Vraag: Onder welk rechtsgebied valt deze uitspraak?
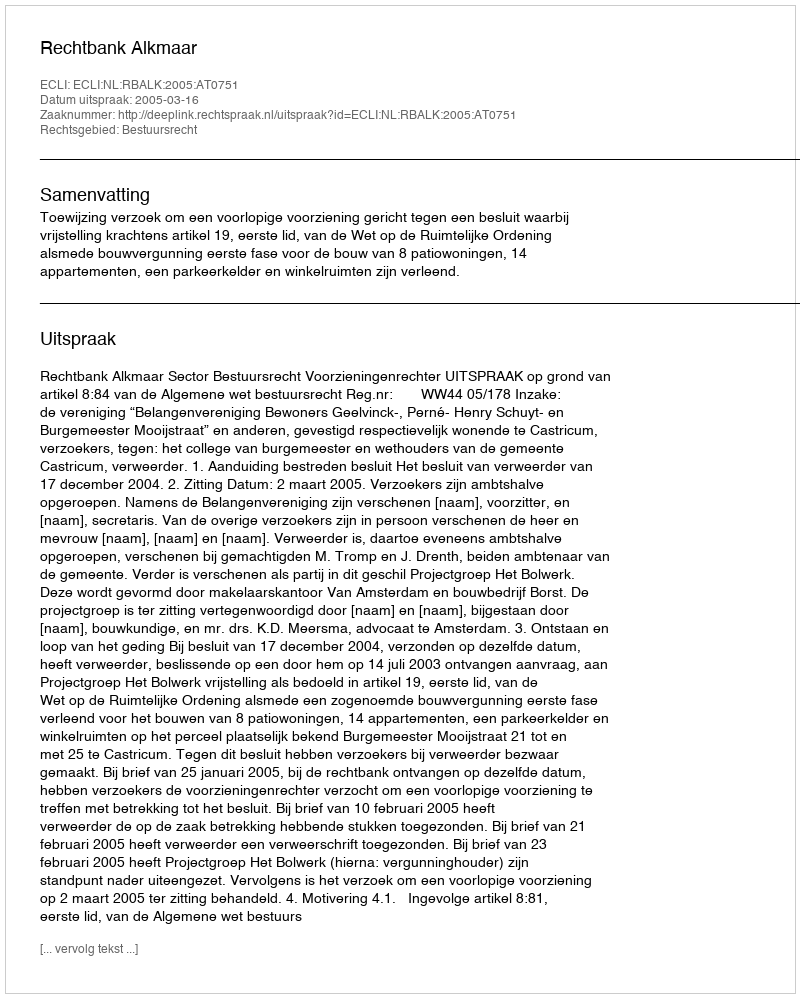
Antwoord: Bestuursrecht